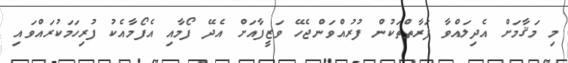
މި މަޤާމަށް އެދިލައްވާ ފަރާތްތަކުން ފުރުއްވަންޖެހޭ ވަޒީފާއަށް އެދޭ ފޯމާއި އެފޯމާއެކު ފުރިހަމަކުރައްވައި